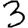
Digit: 3